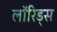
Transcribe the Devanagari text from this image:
लॉरिड्स